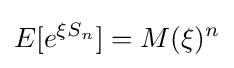
E[e^{\xi S_{n}}]=M(\xi )^{n}